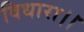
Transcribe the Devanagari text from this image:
विधारा।।